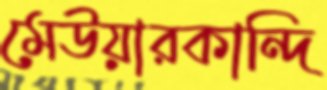
মেউয়ারকান্দি